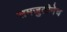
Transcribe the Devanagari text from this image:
समजुतीनेच